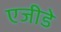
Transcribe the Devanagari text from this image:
एजीडे